Indian Civil Veterinary Department memoirs
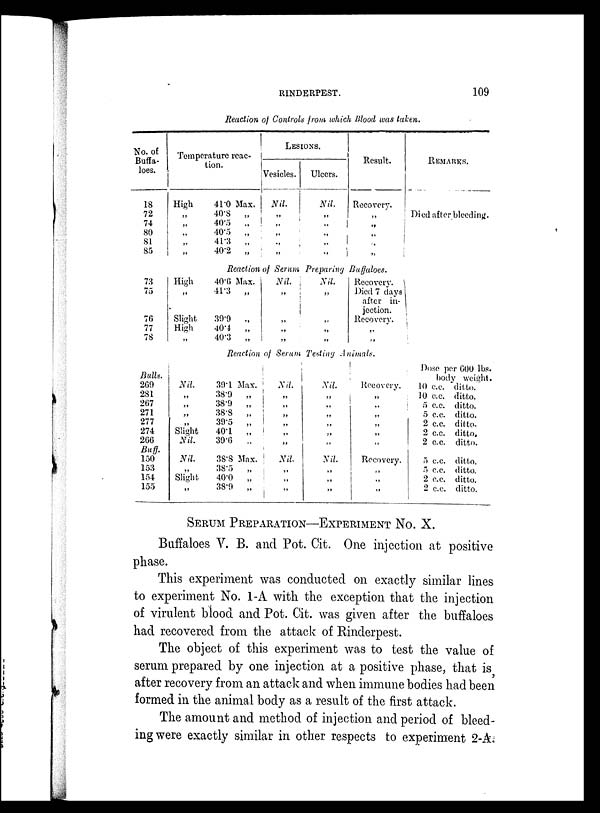
RINDERPEST.
109
Reaction of Controls from which Blood was taken.
No. of
Buffa-
loes.
18
72
74
80
81
85
Temperature reac-
tion.
High
„
„
„
„
„
41.0 Max.
40.8
„
40.5
„
40.5
„
41.3
„
40.2
„
LESIONS.
Vesicles.
Nil.
„
„
„
„
„
Ulcers.
Nil.
„
„
„
„
„
Result.
Recovery.
„
„
„
„
REMARKS.
Died after bleeding.
Reactionof
SerumPreparingBuffaloes.
73
75
76
77
78
High
„
Slight
High
„
40.6 Max.
41.3
„
39.9
„
40.4
„
40.3
„
Nil.
„
„
„
„
Nil.
„
„
„
„
Recovery.
Died 7 days
after in-
jection.
Recovery.
„
„
Reaction of Serum Testing Animals.
Bulls.
269
281
267
271
277
274
266
Buff.
150
153
154
155
Nil.
„
„
„
„
Slight
Nil.
Nil.
„
Slight
„
39.1 Max.
38.9
„
38.9
„
38.8
„
39.5
„
40.1
„
39.6
„
38.8 Max.
38.5
„
40.0
„
38.9
„
Nil
„
„
„
„
„
„
Nil.
„
„
„
Nil.
„
„
„
„
„
„
Nil.
„
„
„
Recovery.
„
„
„
„
„
„
Recovery.
„
„
„
Dose per 600 lbs.
body weight.
10 c.c. ditto.
10 c.c. ditto.
5 c.c. ditto.
5 c.c. ditto.
2 c.c. ditto-
2 c.c. ditto,
2 c.c. ditto.
5 c.c. ditto.
5 c.c. ditto.
2 c.c. ditto.
2 c.c. ditto.
SERUM PREPARATION-EXPERIMENT NO. X.
Buffaloes V. B. and Pot. Cit. One injection at positive
phase.
This experiment was conducted on exactly similar lines
to experiment No. 1-A with the exception that the injection
of virulent blood and Pot. Cit. was given after the buffaloes
had recovered from the attack of Rinderpest.
The object of this experiment was to test the value of
serum prepared by one injection at a positive phase, that is
after recovery from an attack and when immune bodies had been
formed in the animal body as a result of the first attack.
The amount and method of injection and period of bleed-
ing were exactly similar in other respects to experiment 2-A.